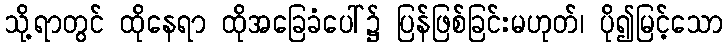
သို့ရာတွင် ထိုနေရာ ထိုအခြေခံပေါ်၌ ပြန်ဖြစ်ခြင်းမဟုတ်၊ ပို၍မြင့်သော